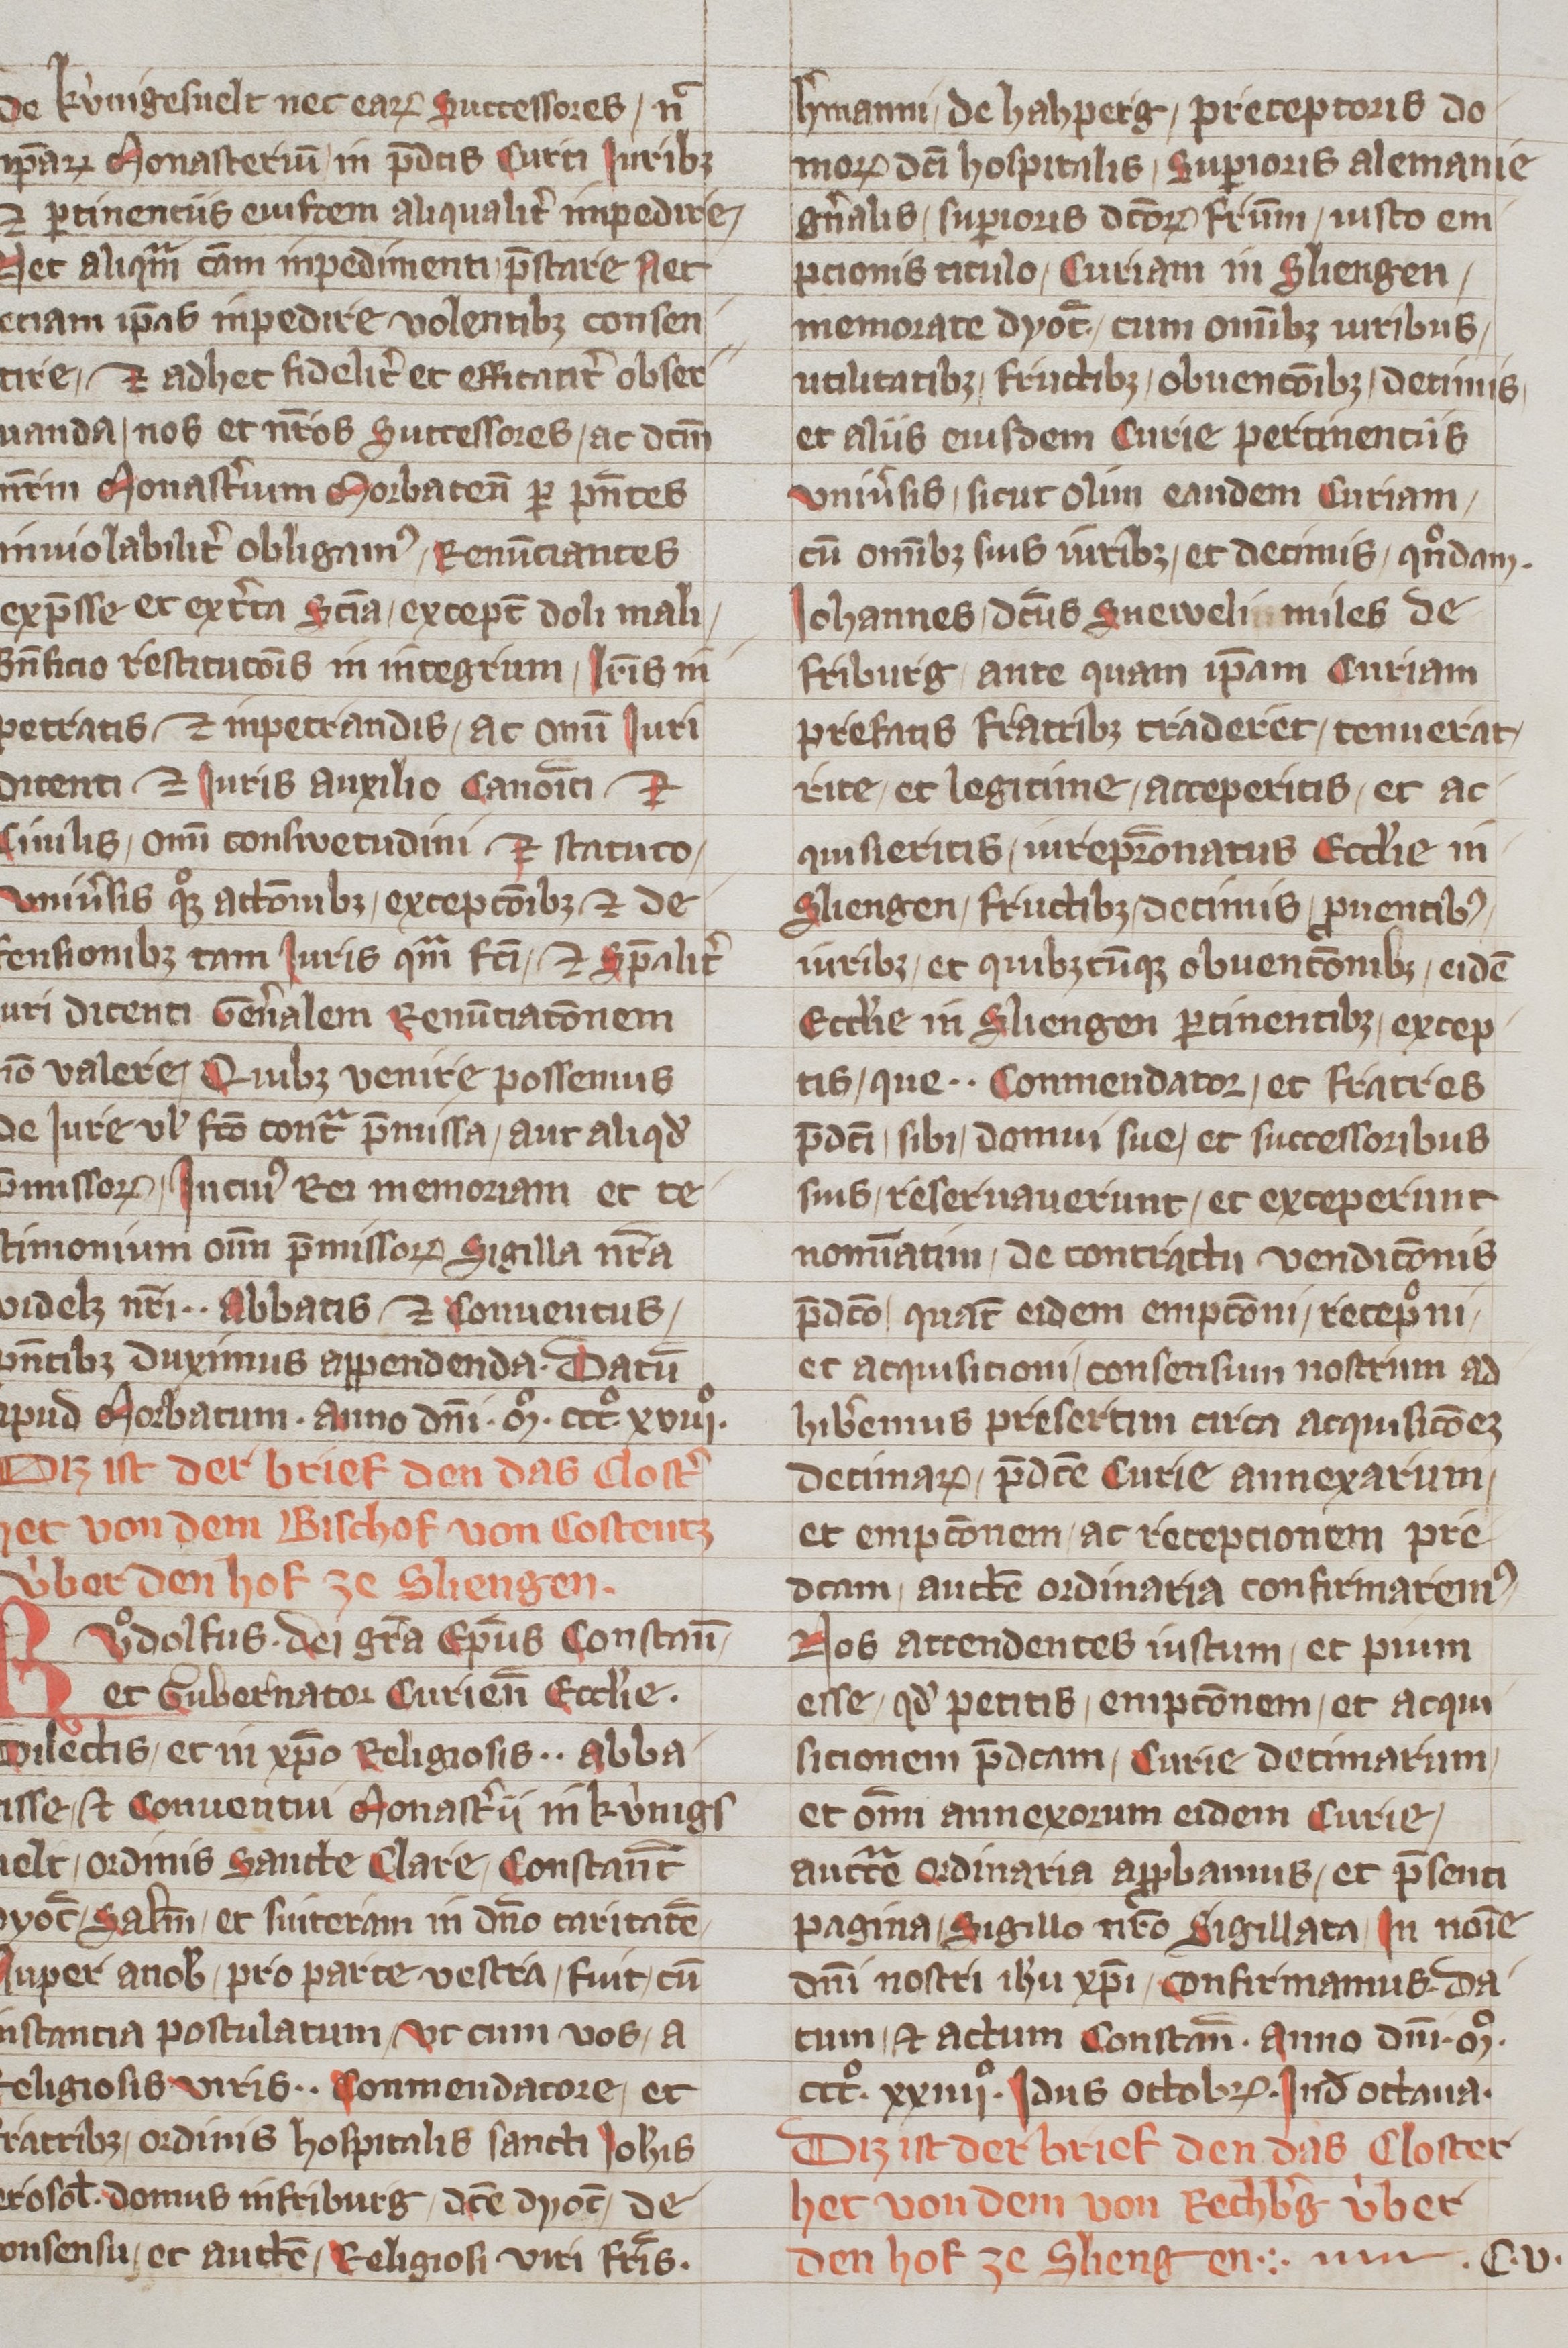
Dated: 1320–1345